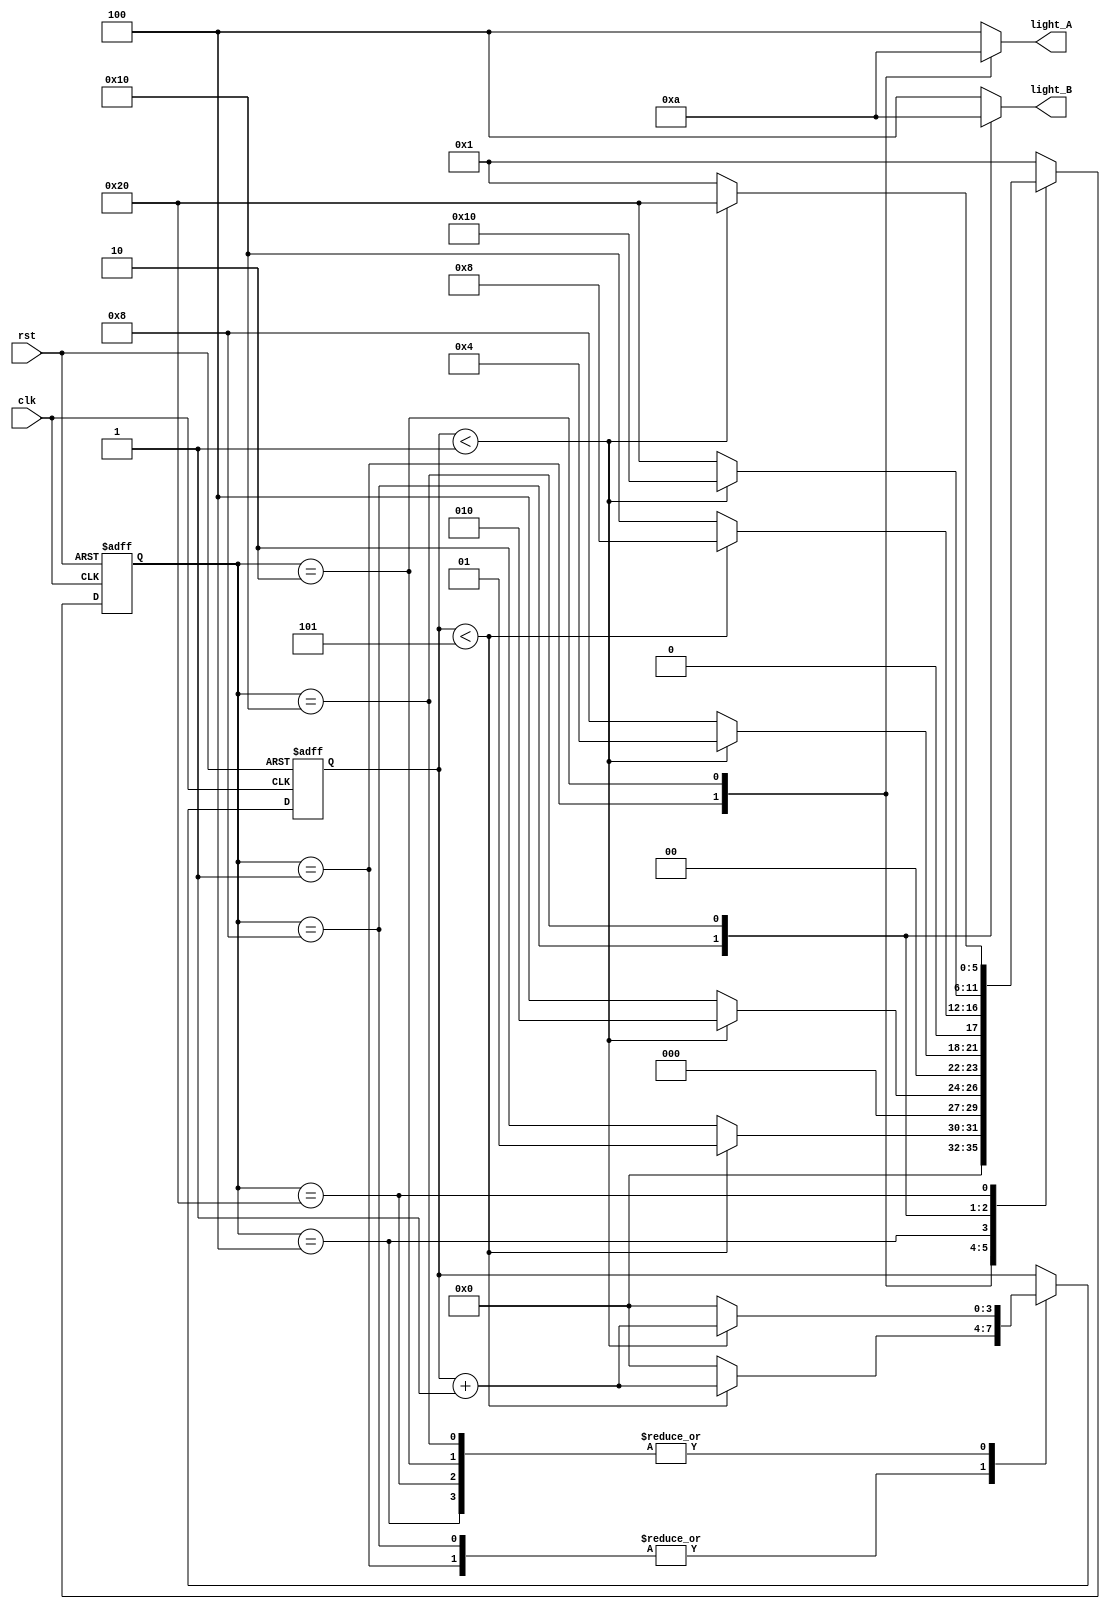
`timescale 1ns / 1ps
//////////////////////////////////////////////////////////////////////////////////
// Company: 
// Engineer: 
// 
// Design Name: 
// Module Name:    traffic_light_control 
// Project Name: 
// Target Devices: 
// Tool versions: 
// Description: 
//
// Dependencies: 
//
// Revision: 
// Revision 0.01 - File Created
// Additional Comments: 
//
//////////////////////////////////////////////////////////////////////////////////
module traffic_light_control(
    input clk,
    input rst,
    output reg[2:0] light_A,
    output reg[2:0] light_B
    );

   reg[5:0] state;
	localparam S0= 6'b000001,
				  S1= 6'b000010,
				  S2= 6'b000100,
				  S3= 6'b001000,
				  S4= 6'b010000,
				  S5= 6'b100000;
	reg[3:0] count;
	localparam SEC5 = 4'd5,
	           SEC1 = 4'd1;
				  
	always @(posedge clk or posedge rst)
	if (rst==1) begin
	state<= S0;
	count <= 0;
	end
	else
	case(state) 
	  S0: if(count<SEC5)
	  begin
	  state<= S0;
	  count<=count+1;
	  end
	  else
	  begin
	  state<=S1;
	  count<=0;
	  end
	  
	  S1: if (count<SEC1)
	  begin
	  state<=S1;
	  count<=count+1;
	  end
	  else
	  begin
	  state<=S2;
	  count<=0;
	  end
	  
	  S2: if (count<SEC1)
	  begin
	  state<=S2;
	  count<=count+1;
	  end
	  else
	  begin
	  state<=S3;
	  count<=0;
	  end
	  
	  S3: if (count<SEC5)
	  begin
	  state<=S3;
	  count<=count+1;
	  end
	  else
	  begin
	  state<=S4;
	  count<=0;
	  end
	  
	  S4: if (count<SEC1)
	  begin
	  state<=S4;
	  count<=count+1;
	  end
	  else
	  begin
	  state<=S5;
	  count<=0;
	  end
	  
	  S5: if (count<SEC1)
	  begin
	  state<=S5;
	  count<= count+1;
	  end
	  else
	  begin
	  state<=S0;
	  count<=0;
	  end
	  
	  default state<=S0;

	endcase			  
	
	always @(*)
	begin
	case(state)
	    S0: begin light_A<=3'b001; light_B<=3'b100; end
		 S1: begin light_A<=6'b010; light_B<=3'b100; end
		 S2: begin light_A<=6'b100; light_B<=3'b100; end
		 S3: begin light_A<=6'b100; light_B<=3'b001; end
		 S4: begin light_A<=6'b100; light_B<=3'b010; end
		 S5: begin light_A<=6'b100; light_B<=3'b100; end
		 default begin light_A<=6'b100; light_B<= 3'b100; end
	endcase
	
	
	end
endmodule